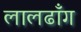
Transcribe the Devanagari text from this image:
लालढाँग